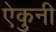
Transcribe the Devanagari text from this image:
ऐकुनी